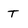
Character: T